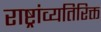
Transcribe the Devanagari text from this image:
राष्ट्रांव्यतिरिक्त